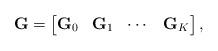
LaTeX: \begin{align*} \mathbf{G}=\begin{bmatrix} \mathbf{G}_0 &\mathbf{G}_1 & \cdots & \mathbf{G}_K \end{bmatrix}, \normalsize \end{align*}